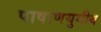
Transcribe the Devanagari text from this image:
पाषाणयुगीय